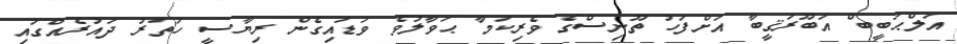
އަލްޙަބީބް އަބޫރަޤީބާ އަށްފަހު ތޫނިސްގެ ވެރިކަމާ ޙަވާލުވެ ވަޑައިގެން ރިޔާސީ ހަތަރު ދައުރެއްގައި